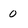
Character: 0